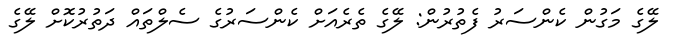
ލޭގެ މަގުން ކެންސަރު ފެތުރުން: ލޭގެ ތެރެއަށް ކެންސަރުގެ ސެލްތައް ދަތުރުކޮށް ލޭގެ